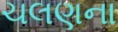
ચલણના